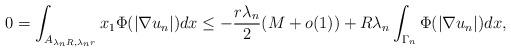
LaTeX: \begin{align*}0=\int_{A_{\lambda_n R,\lambda_n r}} x_1\Phi(|\nabla u_n|) dx\leq -\frac{r\lambda_n}{2}(M+o(1))+R\lambda_n \int_{\Gamma_n} \Phi(|\nabla u_n|) dx,\end{align*}